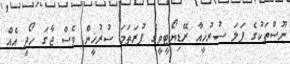
ނޫސްތަކުގެ ފަލަ ސުރުޚީއާ ރޭޑިޔޯޓީވީގެ ފުރަތަމަ ސުރުޚީން ވެސް ޖާގަ ހޯދީ އެއް